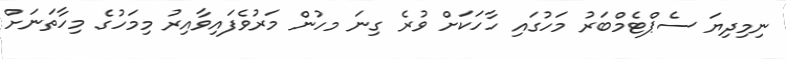
ނިމިދިޔަ ސެޕްޓެމްބަރު މަހުގައި ހާހަކަށް ވުރެ ގިނަ މހުން މަރުވެފައިވާއިރު މިމަހުގެ މިހާތަނަށް